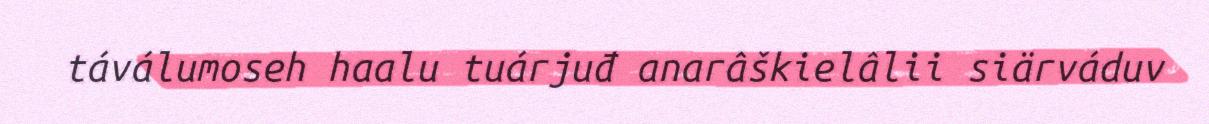
táválumoseh haalu tuárjuđ anarâškielâlii siärváduv